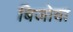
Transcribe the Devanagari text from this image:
बिजोवा